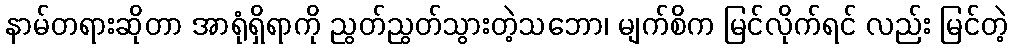
နာမ်တရားဆိုတာ အာရုံရှိရာကို ညွတ်ညွတ်သွားတဲ့သဘော၊ မျက်စိက မြင်လိုက်ရင် လည်း မြင်တဲ့